Report on the working of the mental hospitals for Indians in Bihar and Orissa - 1925-1929
Year: 1925
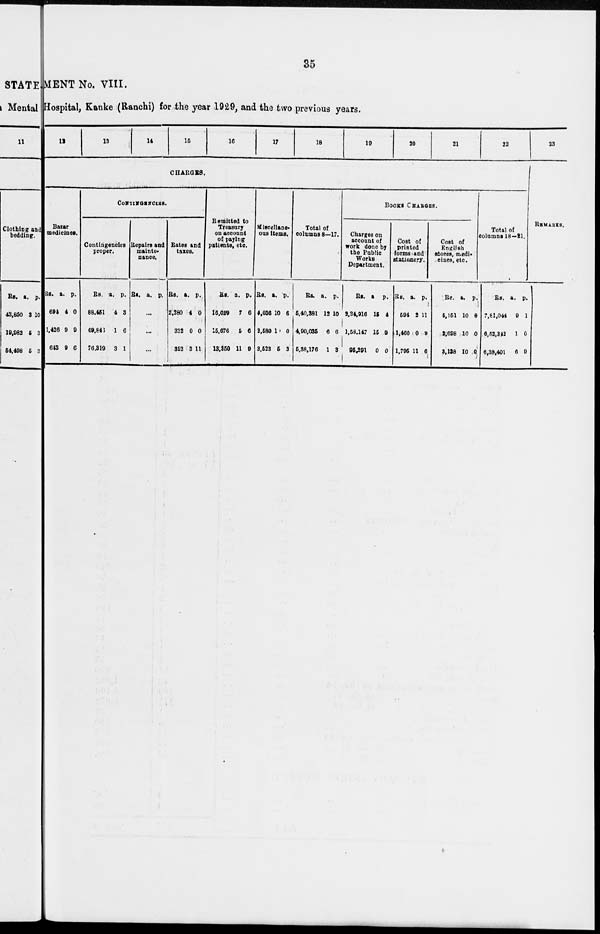
35
MENT No. VIII.
Hospital, Kanke (Ranchi) for the year 1929, and the two previous years.
12
13
14
15
16
17
18
19
20
21
22
CHARGES.
Bazar
medicines.
Rs.
694
1,426
643
a.
4
9
9
p.
0
9
6
CONTINGENCIES.
Contingencies
proper.
Rs.
88,451
69,846
76,319
a.
4
1
3
p.
3
6
1
Repairs and
mainte-
nance.
Rs. a. p.
...
...
...
Rates and
taxes.
Rs.
2,280
332
352
a.
4
0
3
p.
0
0
11
Remitted to
Treasury
on account
of paying
patients, etc.
Rs.
16,029
15,676
13,350
a.
7
5
11
p.
6
6
9
Miscellane-
ous items.
Rs.
4,036
2,580
3,523
a.
10
10
5
p.
6
0
3
Total of
columns 8—17.
Rs.
5,40,381
4,90,035
5,38,176
a.
12
6
1
p.
10
6
3
BOOKS CHARGES.
Charges on
account of
work done by
the Public
Works
Department.
Rs.
2,34,916
1,58,147
95,291
a.
15
15
0
p.
4
9
0
Cost of
printed
forms and
stationery.
Rs.
594
1,460
1,795
a.
2
0
11
p.
11
9
6
Cost of
English
stores, medi-
cines, etc.
Rs.
5,151
2,698
3,138
a.
10
10
10
p.
0
0
0
Total of
columns 18—21.
Rs.
7,81,044
6,52,342
6,38,401
a.
9
1
6
p.
1
0
9
23
REMARKS.